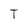
Character: T